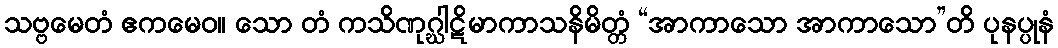
သဗ္ဗမေတံ ဧကမေဝ။ သော တံ ကသိဏုဂ္ဃါဋိမာကာသနိမိတ္တံ “အာကာသော အာကာသော”တိ ပုနပ္ပုနံ